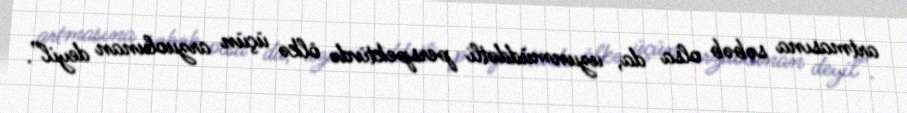
artmasına səbəb olsa da, uzunmüddətli perspektivdə ölkə üçün arzuolunan deyil”.